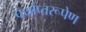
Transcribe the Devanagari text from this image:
पर्याप्तरूपेण